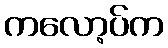
ကလော့ပ်က